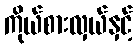
ကိုယ်စားလှယ်နှင့်